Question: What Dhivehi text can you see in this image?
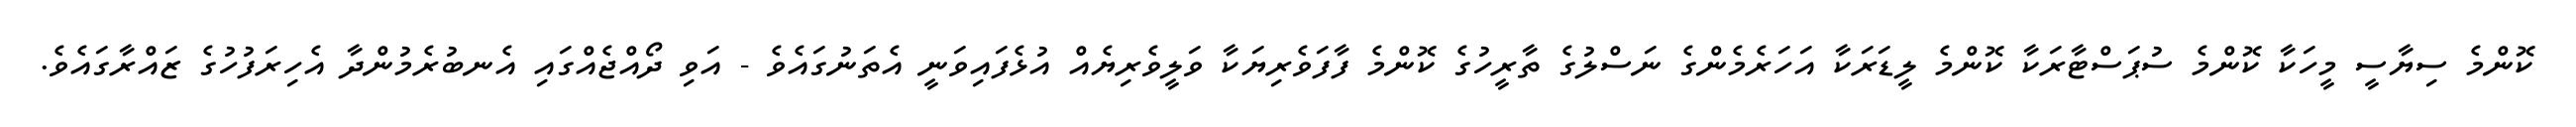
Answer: ކޮންމެ ސިޔާސީ މީހަކާ ކޮންމެ ސުޕަސްޓާރަކާ ކޮންމެ ލީޑަރަކާ އަހަރެމެންގެ ނަސްލުގެ ތާރީހުގެ ކޮންމެ ފާފަވެރިޔަކާ ވަލީވެރިޔެއް އުޅެފައިވަނީ އެތަނުގައެވެ - އަވި ދޯއްޖެއްގައި އެނބުރެމުންދާ އެހިރަފުހުގެ ޒައްރާގައެވެ.